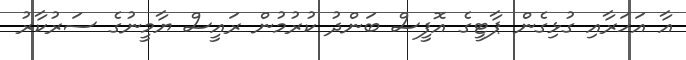
އާ އަހަރާއި ގުޅިގެން ޕާޓީގެ އޮފީސް ބަންދު ކުރުމުން ރައީސް ޔާމީނުގެ ސަރުކާރު